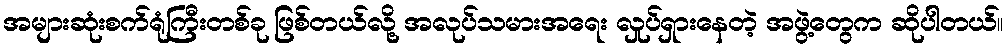
အများဆုံးစက်ရုံကြီးတစ်ခု ဖြစ်တယ်လို့ အလုပ်သမားအရေး လှုပ်ရှားနေတဲ့ အဖွဲ့တွေက ဆိုပါတယ်။